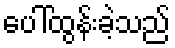
ပေါ်ထွန်းခဲ့သည်